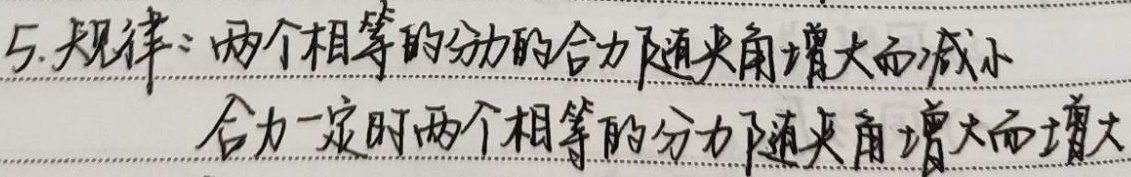
5. 规律：两个相等的分力的合力随夹角增大而减小；合力一定时，两个相等的分力随夹角增大而增大。